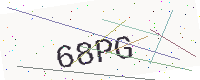
Text: 68PG